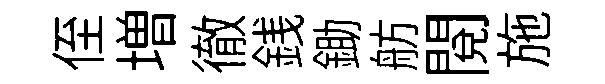
侄増徹銭鋤舫閱施